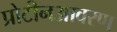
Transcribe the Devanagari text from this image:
प्रोटीनआवरण